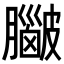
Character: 𥀮